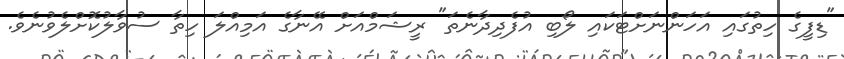
"ޑިފީގެ ހިތުގައި އަހަންނަށްޓަކައި ލޯބި އުފެދިދާނެތަ" ރީޝަމްއަށް އޭނާގެ އަމިއްލަ ހިތާ ސުވާލުކޮށްލެވުނެވެ.